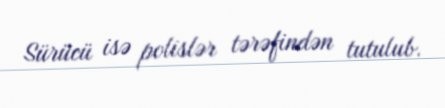
Sürücü isə polislər tərəfindən tutulub.